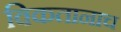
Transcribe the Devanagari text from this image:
विकतानाच